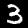
Digit: 3